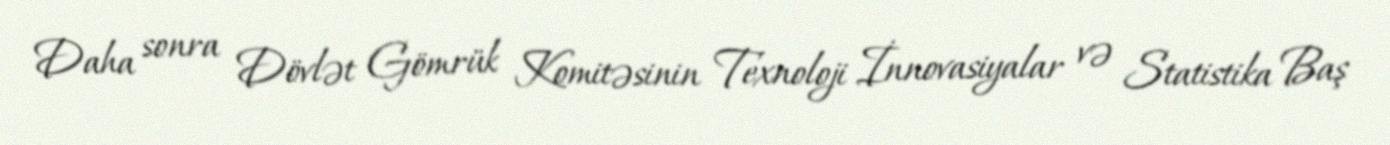
Daha sonra Dövlət Gömrük Komitəsinin Texnoloji İnnovasiyalar və Statistika Baş